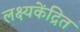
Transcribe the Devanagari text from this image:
लक्ष्यकेंद्रित